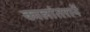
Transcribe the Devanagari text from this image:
कालांतरानें